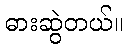
ဓားဆွဲတယ်။